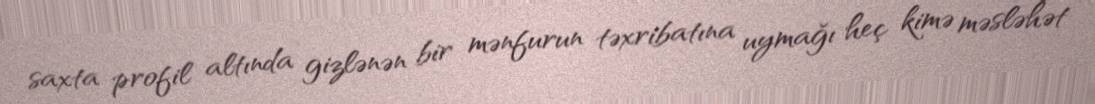
saxta profil altında gizlənən bir mənfurun təxribatına uymağı heç kimə məsləhət